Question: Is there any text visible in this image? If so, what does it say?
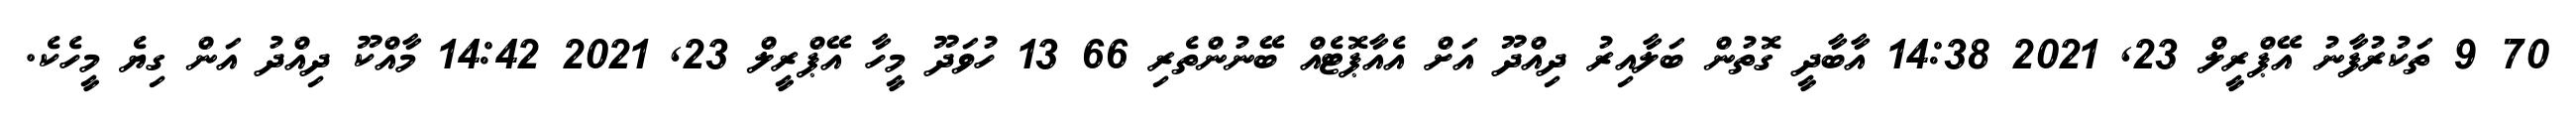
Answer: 70 9 ތަކުރުފާނު އޭޕްރީލް 23, 2021 14:38 އާބާދީ ގޮތުން ބަލާއިރު ދިއްދޫ އަށް އެއާޕޮޓެއް ބޭނުންތެރި 66 13 ހުވަދޫ މީހާ އޭޕްރީލް 23, 2021 14:42 މާއްކޫ ދިއްދު އަން ގިޔެ މީހެކެ.